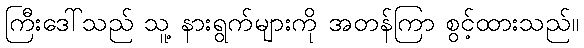
ကြီးဒေါ်သည် သူ့ နားရွက်များကို အတန်ကြာ စွင့်ထားသည်။